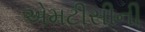
એમટીસીની